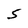
Character: S